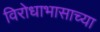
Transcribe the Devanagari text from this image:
विरोधाभासाच्या